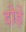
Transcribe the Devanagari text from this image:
दोड़े